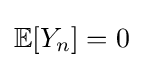
\mathbb {E} [Y_{n}]=0